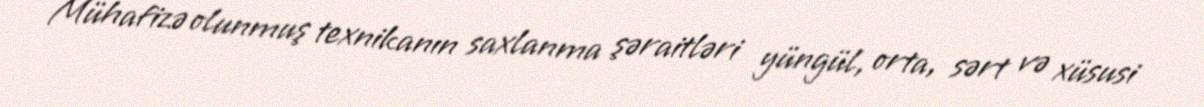
Mühafizə olunmuş texnikanın saxlanma şəraitləri yüngül, orta, sərt və xüsusi